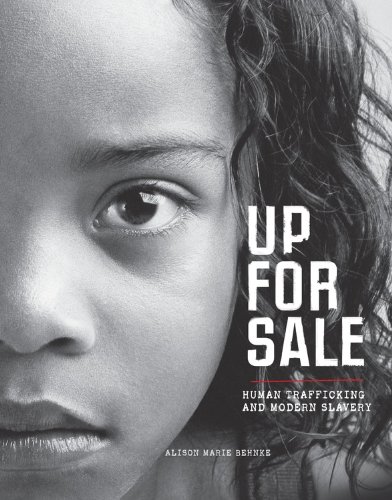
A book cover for Up for Sale: Human Trafficking and Modern Slavery; Alison Marie Behnke; Teen & Young Adult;